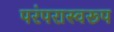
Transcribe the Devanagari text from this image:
परंपरास्वरूप